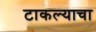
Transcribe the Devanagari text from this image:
टाकल्याचा